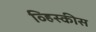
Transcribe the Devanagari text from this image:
व्हिस्कीस